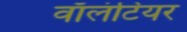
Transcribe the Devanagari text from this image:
वाॅलंटियर